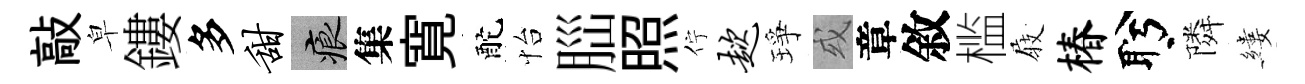
敲皁鏤多甜痕集寛酡怡𦛁照佇趑琤或章敘槛𡲆椿盻隣縷